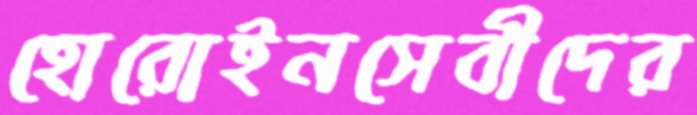
হোরোইনসেবীদের